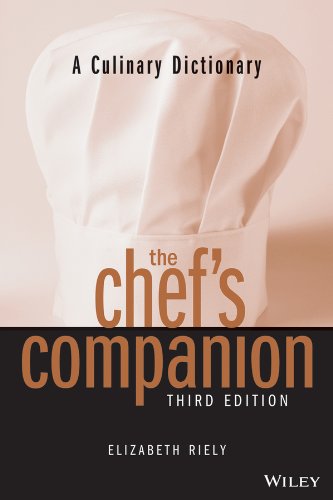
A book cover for The Chef's Companion, Third Edition; Elizabeth Riely; Cookbooks, Food & Wine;